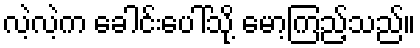
လဲ့လဲ့က ခေါင်းပေါ်သို့ မော့ကြည့်သည်။